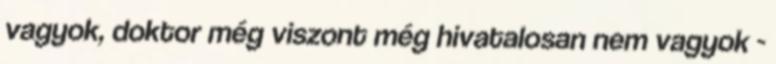
vagyok, doktor még viszont még hivatalosan nem vagyok -